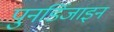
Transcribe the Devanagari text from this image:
पुनर्डिजाइन